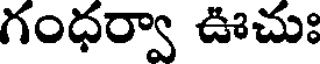
గంధర్వా ఊచుః